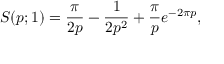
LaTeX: S ( p ; 1 ) = \frac { \pi } { 2 p } - \frac { 1 } { 2 p ^ { 2 } } + \frac { \pi } { p } e ^ { - 2 \pi p } ,